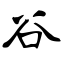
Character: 谷